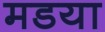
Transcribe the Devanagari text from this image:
मडया